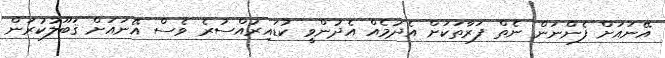
އޭނައަށް ފެންނަން ނެތް ފަރާތަކަށް އެދުމެއް އެދުންވީ ކުޑައިރުއްސުރެ ވެސް އޭނައަށް ޤަބޫލުކުރަން